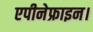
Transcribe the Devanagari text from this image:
एपीनेफ्राइन।